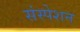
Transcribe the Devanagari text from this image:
संस्पेशन